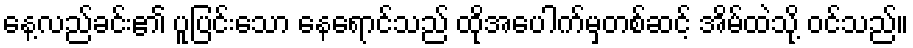
နေ့လည်ခင်း၏ ပူပြင်းသော နေရောင်သည် ထိုအပေါက်မှတစ်ဆင့် အိမ်ထဲသို့ ဝင်သည်။